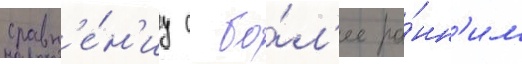
сравн'е́н'иу с бо́л'ее ра́нн'им